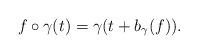
LaTeX: \begin{align*} f\circ\gamma(t) = \gamma(t + b_\gamma(f)). \end{align*}